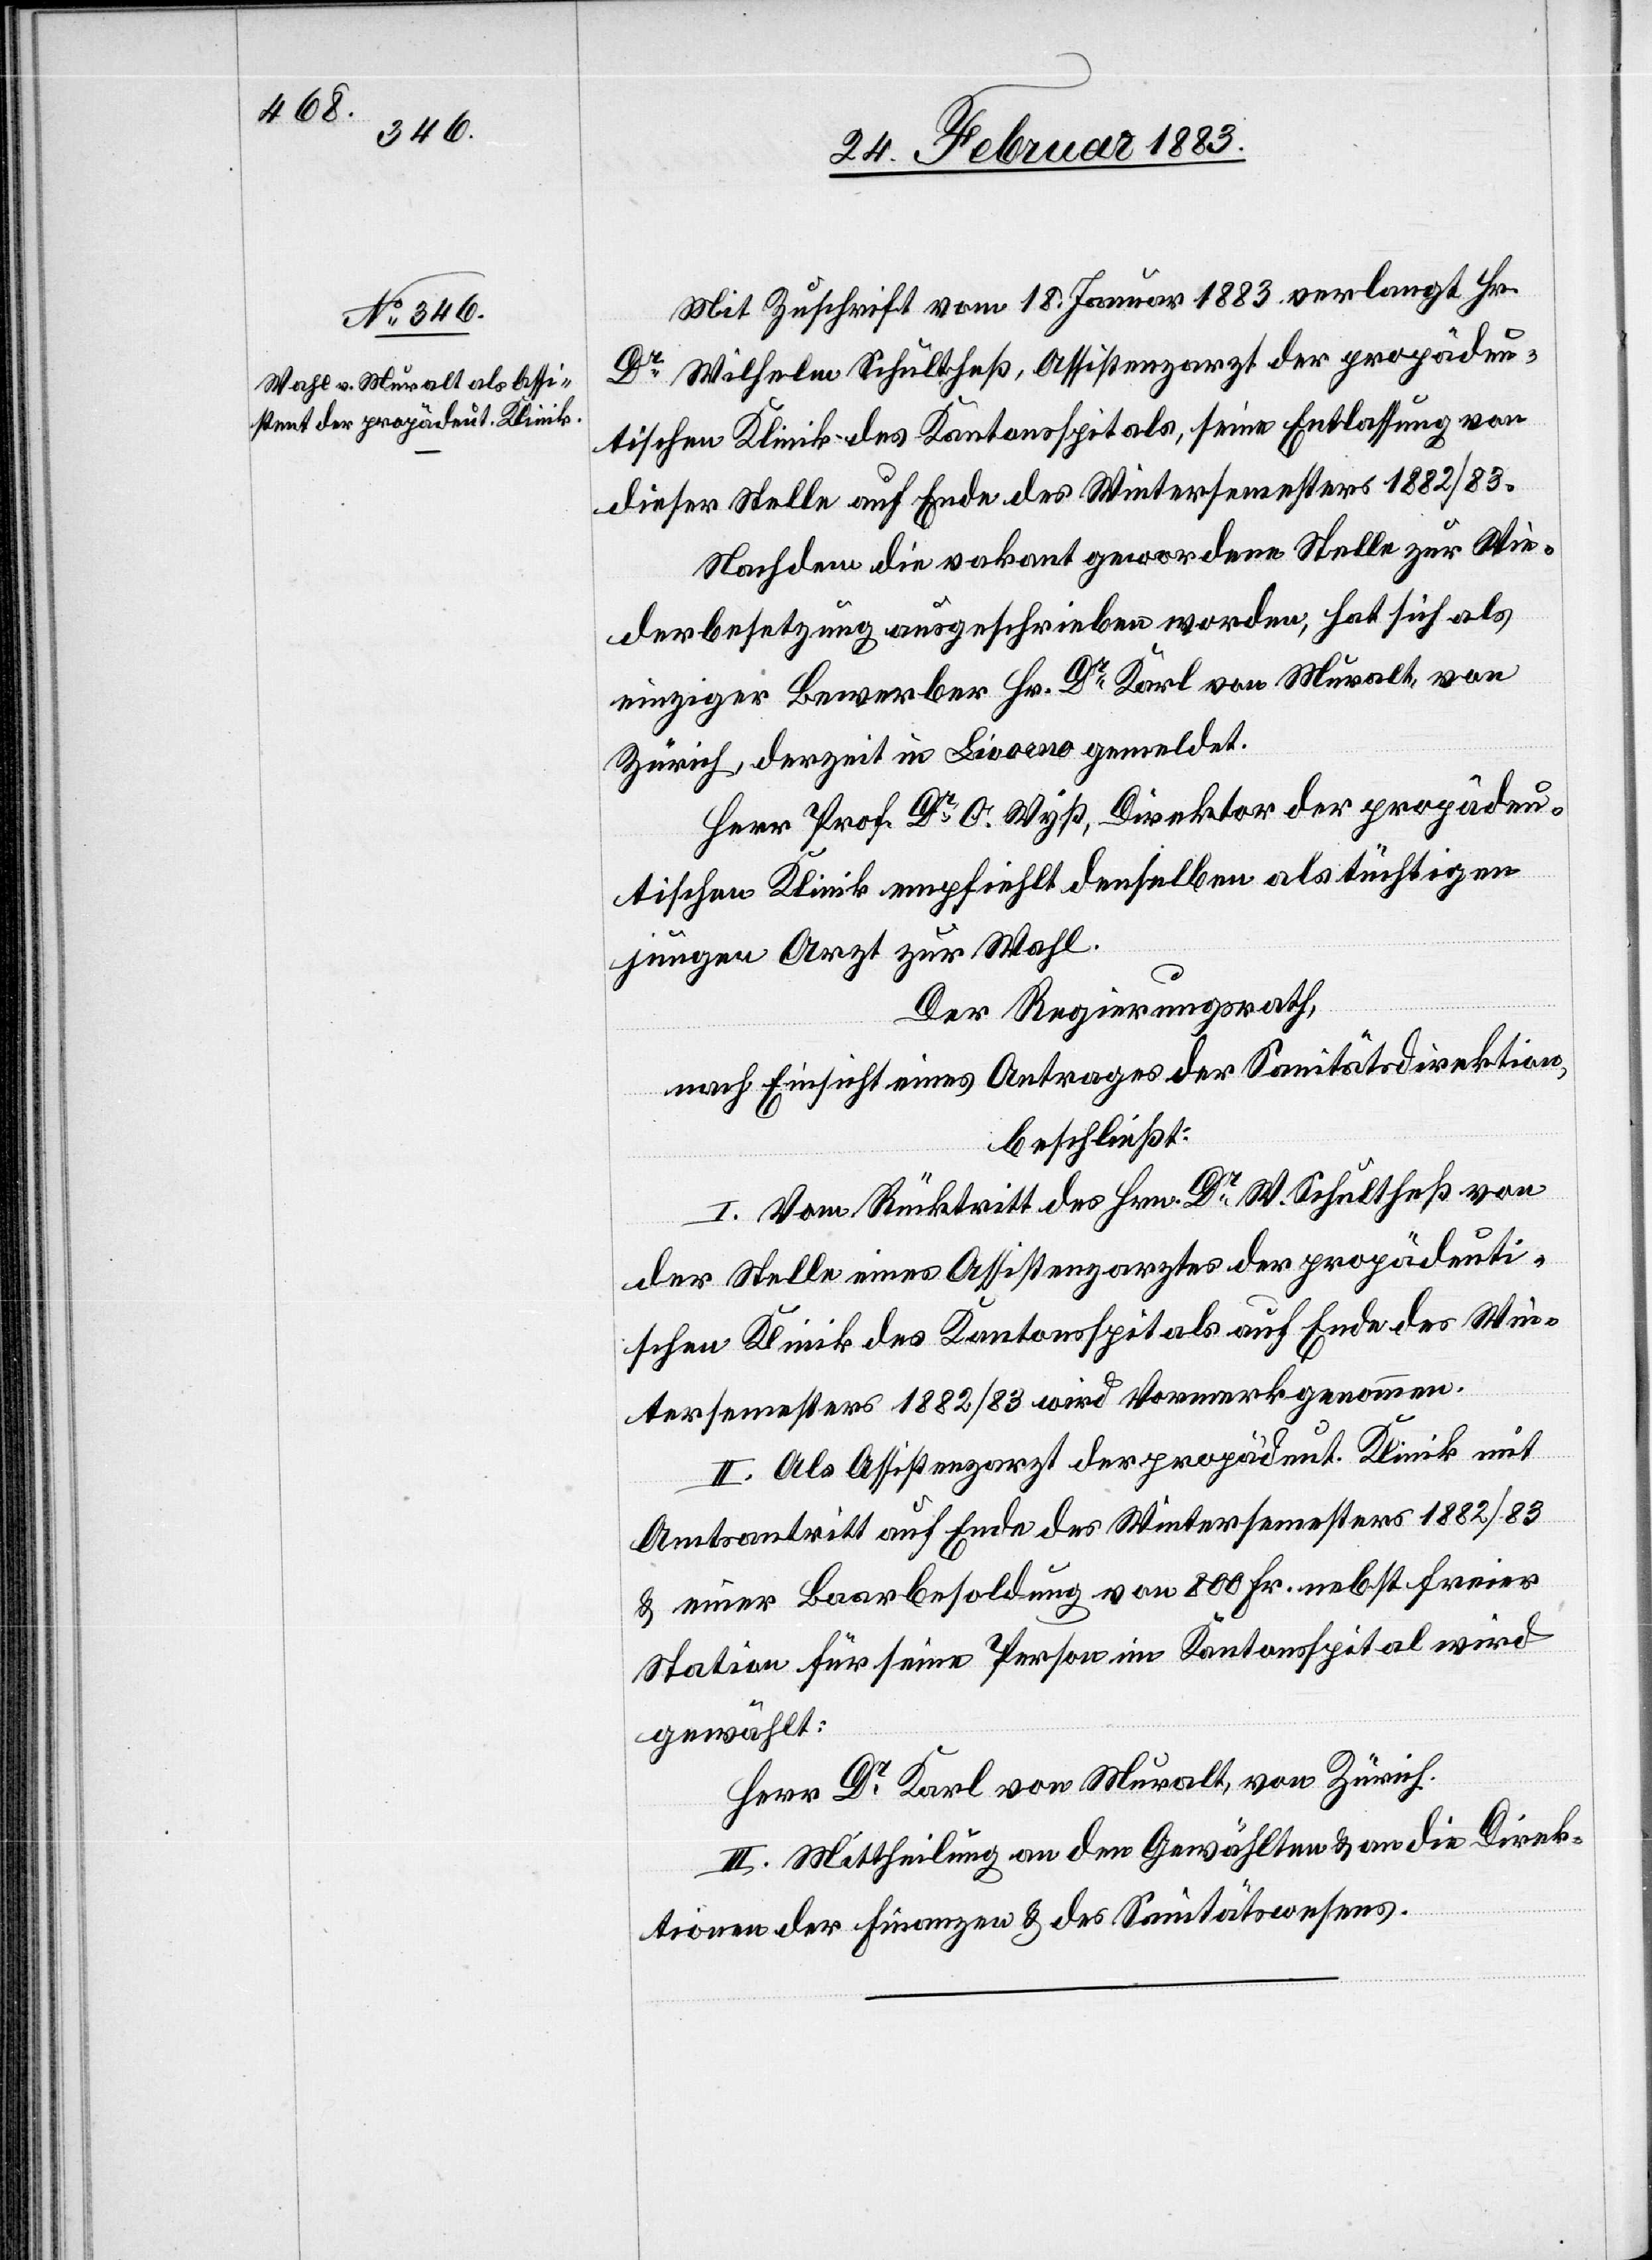
Mit Zuschrift vom 18. Januar 1883 verlangt Hr.
Dr Wilhelm Schultheß, Assistenzarzt der propädeu¬
tischen Klinik des Kantonsspitals, seine Entlassung von
dieser Stelle auf Ende des Wintersemesters 1882/83.
Nachdem die vakant gewordene Stelle zur Wie¬
derbesetzung ausgeschrieben worden, hat sich als
einziger Bewerber Hr. Dr Karl von Muralt, von
Zürich, derzeit in Livorno gemeldet.
Herr Prof. Dr O. Wyß, Direktor der propädeu¬
tischen Klinik empfiehlt denselben als tüchtigen
jungen Arzt zur Wahl.
Der Regierungsrath,
nach Einsicht eines Antrages der Sanitätsdirektion,
beschließt:
I. vom Rücktritt des Hrn. Dr W. Schultheß von
der Stelle eines Assistenzarztes der propädeuti¬
schen Klinik des Kantonsspitals auf Ende des Win¬
tersemesters 1882/83 wird Vormerk genommen.
II. Als Assistenzarzt der propädeut. Klinik mit
Amtsantritt auf Ende des Wintersemesters 1882/83
& einer Baarbesoldung von 800 Fr. nebst freier
Station für seine Person im Kantonsspital wird
gewählt:
Herr Dr Karl von Muralt, von Zürich.
III. Mittheilung an den Gewählten & an die Direk¬
tionen der Finanzen & des Sanitätswesens.